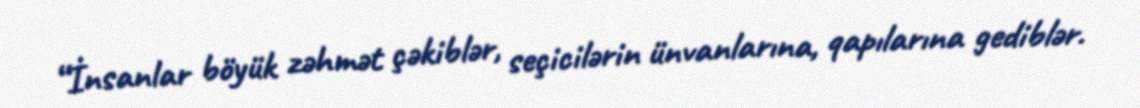
“İnsanlar böyük zəhmət çəkiblər, seçicilərin ünvanlarına, qapılarına gediblər.